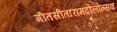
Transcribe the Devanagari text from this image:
गीतसीतारामदोलोत्सव